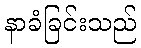
နာခံခြင်းသည်